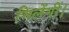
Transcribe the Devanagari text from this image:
मिलेंगीं।